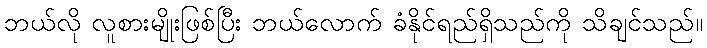
ဘယ်လို လူစားမျိုးဖြစ်ပြီး ဘယ်လောက် ခံနိုင်ရည်ရှိသည်ကို သိချင်သည်။